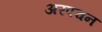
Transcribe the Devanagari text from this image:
अरपचन